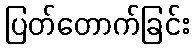
ပြတ်တောက်ခြင်း